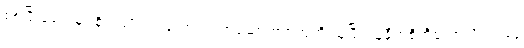
စစ်ပြီးခေတ်မှာ စိုက်ပျိုးရေးကောလိပ်အဆောက်အအုံကို ယူပြီး ယူနီဗာစီတီကောလိပ်ကနေ